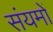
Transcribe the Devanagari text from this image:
संयमों